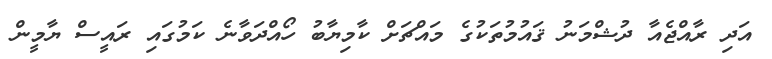
އަދި ރާއްޖެއާ ދުޝްމަނު ޤައުމުތަކުގެ މައްޗަށް ކާމިޔާބު ހޯއްދަވާނެ ކަމުގައި ރައީސް ޔާމީން